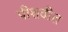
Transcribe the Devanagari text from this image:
पीशवीत